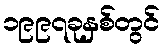
၁၉၉၇ခုနှစ်တွင်